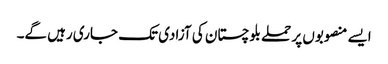
ایسے منصوبوں پر حملے بلوچستان کی آزادی تک جاری رہیں گے۔